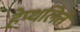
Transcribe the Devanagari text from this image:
हेप्थलिते